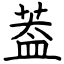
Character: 葢